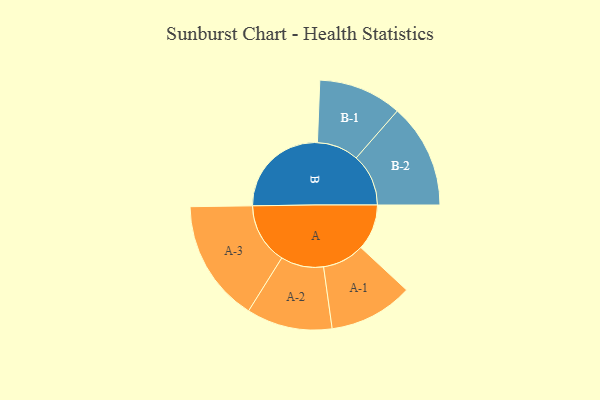
{"axis": {"x": "Segment", "y": "Value"}, "legend": ["", "A", "B"], "data": [{"x": "A", "y": 165, "type": ""}, {"x": "B", "y": 358, "type": ""}, {"x": "A-1", "y": 151, "type": "A"}, {"x": "A-2", "y": 154, "type": "A"}, {"x": "A-3", "y": 220, "type": "A"}, {"x": "B-1", "y": 150, "type": "B"}, {"x": "B-2", "y": 188, "type": "B"}]}